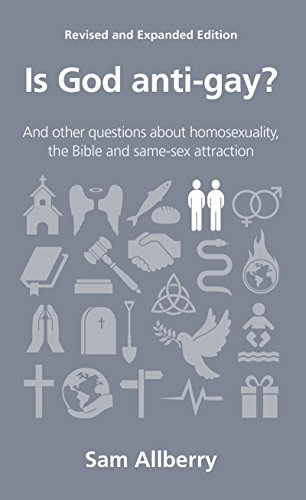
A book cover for Is God anti-gay? (Questions Christians Ask); Sam Allberry; Christian Books & Bibles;